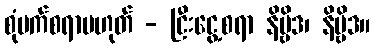
စုံမက်စရာမဟုတ် - ငြီးငွေ့စရာ နိဗ္ဗိဒ၊ နိဗ္ဗိဒ။